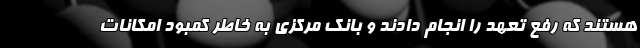
هستند که رفع تعهد را انجام دادند و بانک مرکزی به خاطر کمبود امکانات